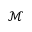
\mathcal { M }